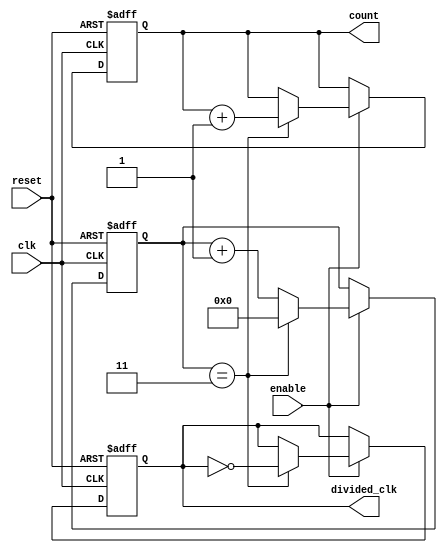
module frequency_divider_counter #(
    parameter DIV_FACTOR = 4  // Default division factor
)(
    input wire clk,            // Input clock signal
    input wire reset,          // Asynchronous reset signal
    input wire enable,         // Enable signal for counting
    output reg divided_clk,     // Output divided clock signal
    output reg [$clog2(DIV_FACTOR)-1:0] count // Current count value
);

    // Internal signal to track the next state of the divided clock
    reg [31:0] counter; // Counter to track the number of clock cycles

    always @(posedge clk or posedge reset) begin
        if (reset) begin
            count <= 0;          // Reset count to 0
            divided_clk <= 0;    // Reset divided clock
            counter <= 0;        // Reset internal counter
        end else if (enable) begin
            if (counter == (DIV_FACTOR - 1)) begin
                counter <= 0;     // Reset internal counter
                divided_clk <= ~divided_clk; // Toggle divided clock
                count <= count + 1; // Increment count
            end else begin
                counter <= counter + 1; // Increment internal counter
            end
        end
    end

endmodule